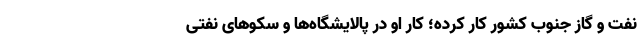
نفت و گاز جنوب کشور کار کرده؛ کار او در پالایشگاه‌ها و سکوهای نفتی